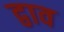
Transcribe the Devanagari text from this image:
द्वाव